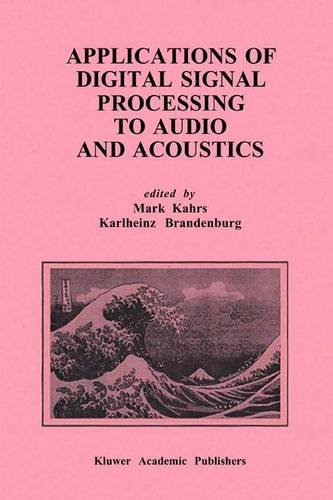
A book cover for Applications of Digital Signal Processing to Audio and Acoustics (The Springer International Series in Engineering and Computer Science); Computers & Technology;